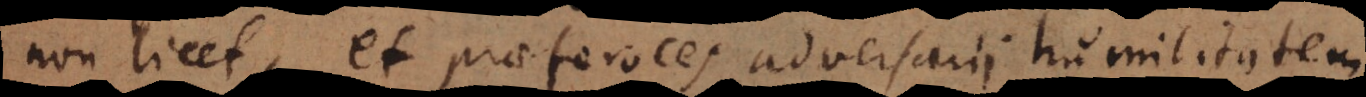
non licet, et praeferoces adversarii humilitatem